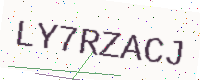
Text: LY7RZACJ